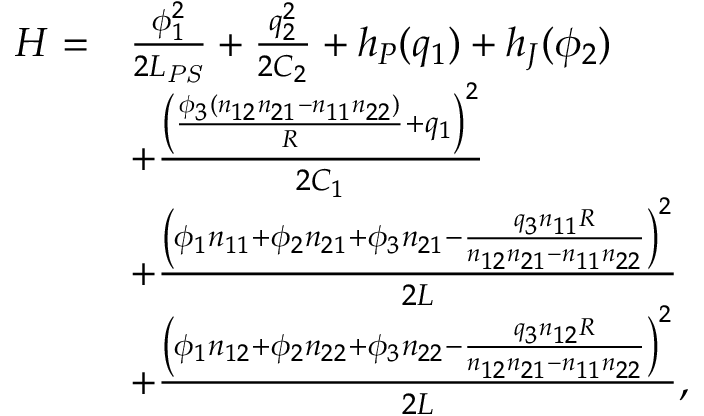
\begin{array} { r l } { H = } & { \frac { \phi _ { 1 } ^ { 2 } } { 2 L _ { \mathit { P S } } } + \frac { q _ { 2 } ^ { 2 } } { 2 C _ { 2 } } + h _ { P } ( q _ { 1 } ) + h _ { J } ( \phi _ { 2 } ) } \\ & { + \frac { { \left( \frac { \phi _ { 3 } ( n _ { 1 2 } n _ { 2 1 } - n _ { 1 1 } n _ { 2 2 } ) } { R } + q _ { 1 } \right) } ^ { 2 } } { 2 C _ { 1 } } } \\ & { + \frac { { \left( \phi _ { 1 } n _ { 1 1 } + \phi _ { 2 } n _ { 2 1 } + \phi _ { 3 } n _ { 2 1 } - \frac { q _ { 3 } n _ { 1 1 } R } { n _ { 1 2 } n _ { 2 1 } - n _ { 1 1 } n _ { 2 2 } } \right) } ^ { 2 } } { 2 L } } \\ & { + \frac { { \left( \phi _ { 1 } n _ { 1 2 } + \phi _ { 2 } n _ { 2 2 } + \phi _ { 3 } n _ { 2 2 } - \frac { q _ { 3 } n _ { 1 2 } R } { n _ { 1 2 } n _ { 2 1 } - n _ { 1 1 } n _ { 2 2 } } \right) } ^ { 2 } } { 2 L } , } \end{array}